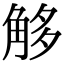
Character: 𧣣